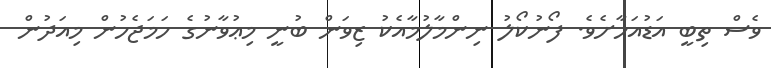
ވެސް ތިބީ އަޑުއަހާށެވެ. ފޯނުކޯލު ނިންމާލުމާއެކު ޒިވަން ބުނީ މިޢުވާނުގެ ހަމަޖެހުން މިއަދުން